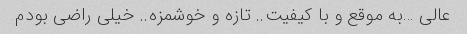
عالی …به موقع و با کیفیت.. تازه و خوشمزه.. خیلی راضی بودم